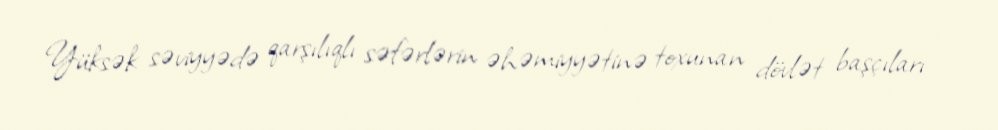
Yüksək səviyyədə qarşılıqlı səfərlərin əhəmiyyətinə toxunan dövlət başçıları